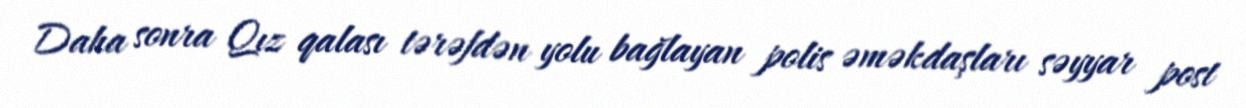
Daha sonra Qız qalası tərəfdən yolu bağlayan polis əməkdaşları səyyar post